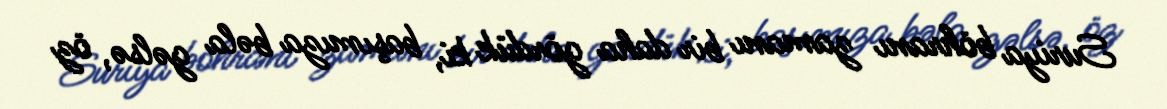
Suriya böhranı zamanı bir daha gördük ki, başımıza bəla gəlsə, öz